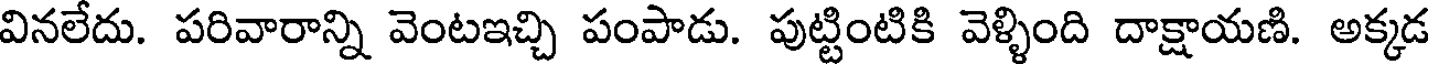
వినలేదు. పరివారాన్ని వెంటఇచ్చి పంపాడు. పుట్టింటికి వెళ్ళింది దాక్షాయణి. అక్కడ